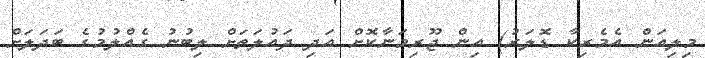
މިލިއަން އެމެރިކާ ޑޮލަރު) އިން ޖޫރިމަނާކޮށް އަދި ދައުލަތަށް ލިބުނު ގެއްލުމުގެ ބަދަލަށް